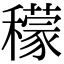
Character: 𥣛